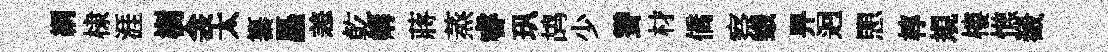
綱棣涯樹衾太纂矗恙乾媾蔣蒸睿㺬鸪少聳材僑察蛾畀迥愳椁規樓憔嶻